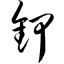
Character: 钾